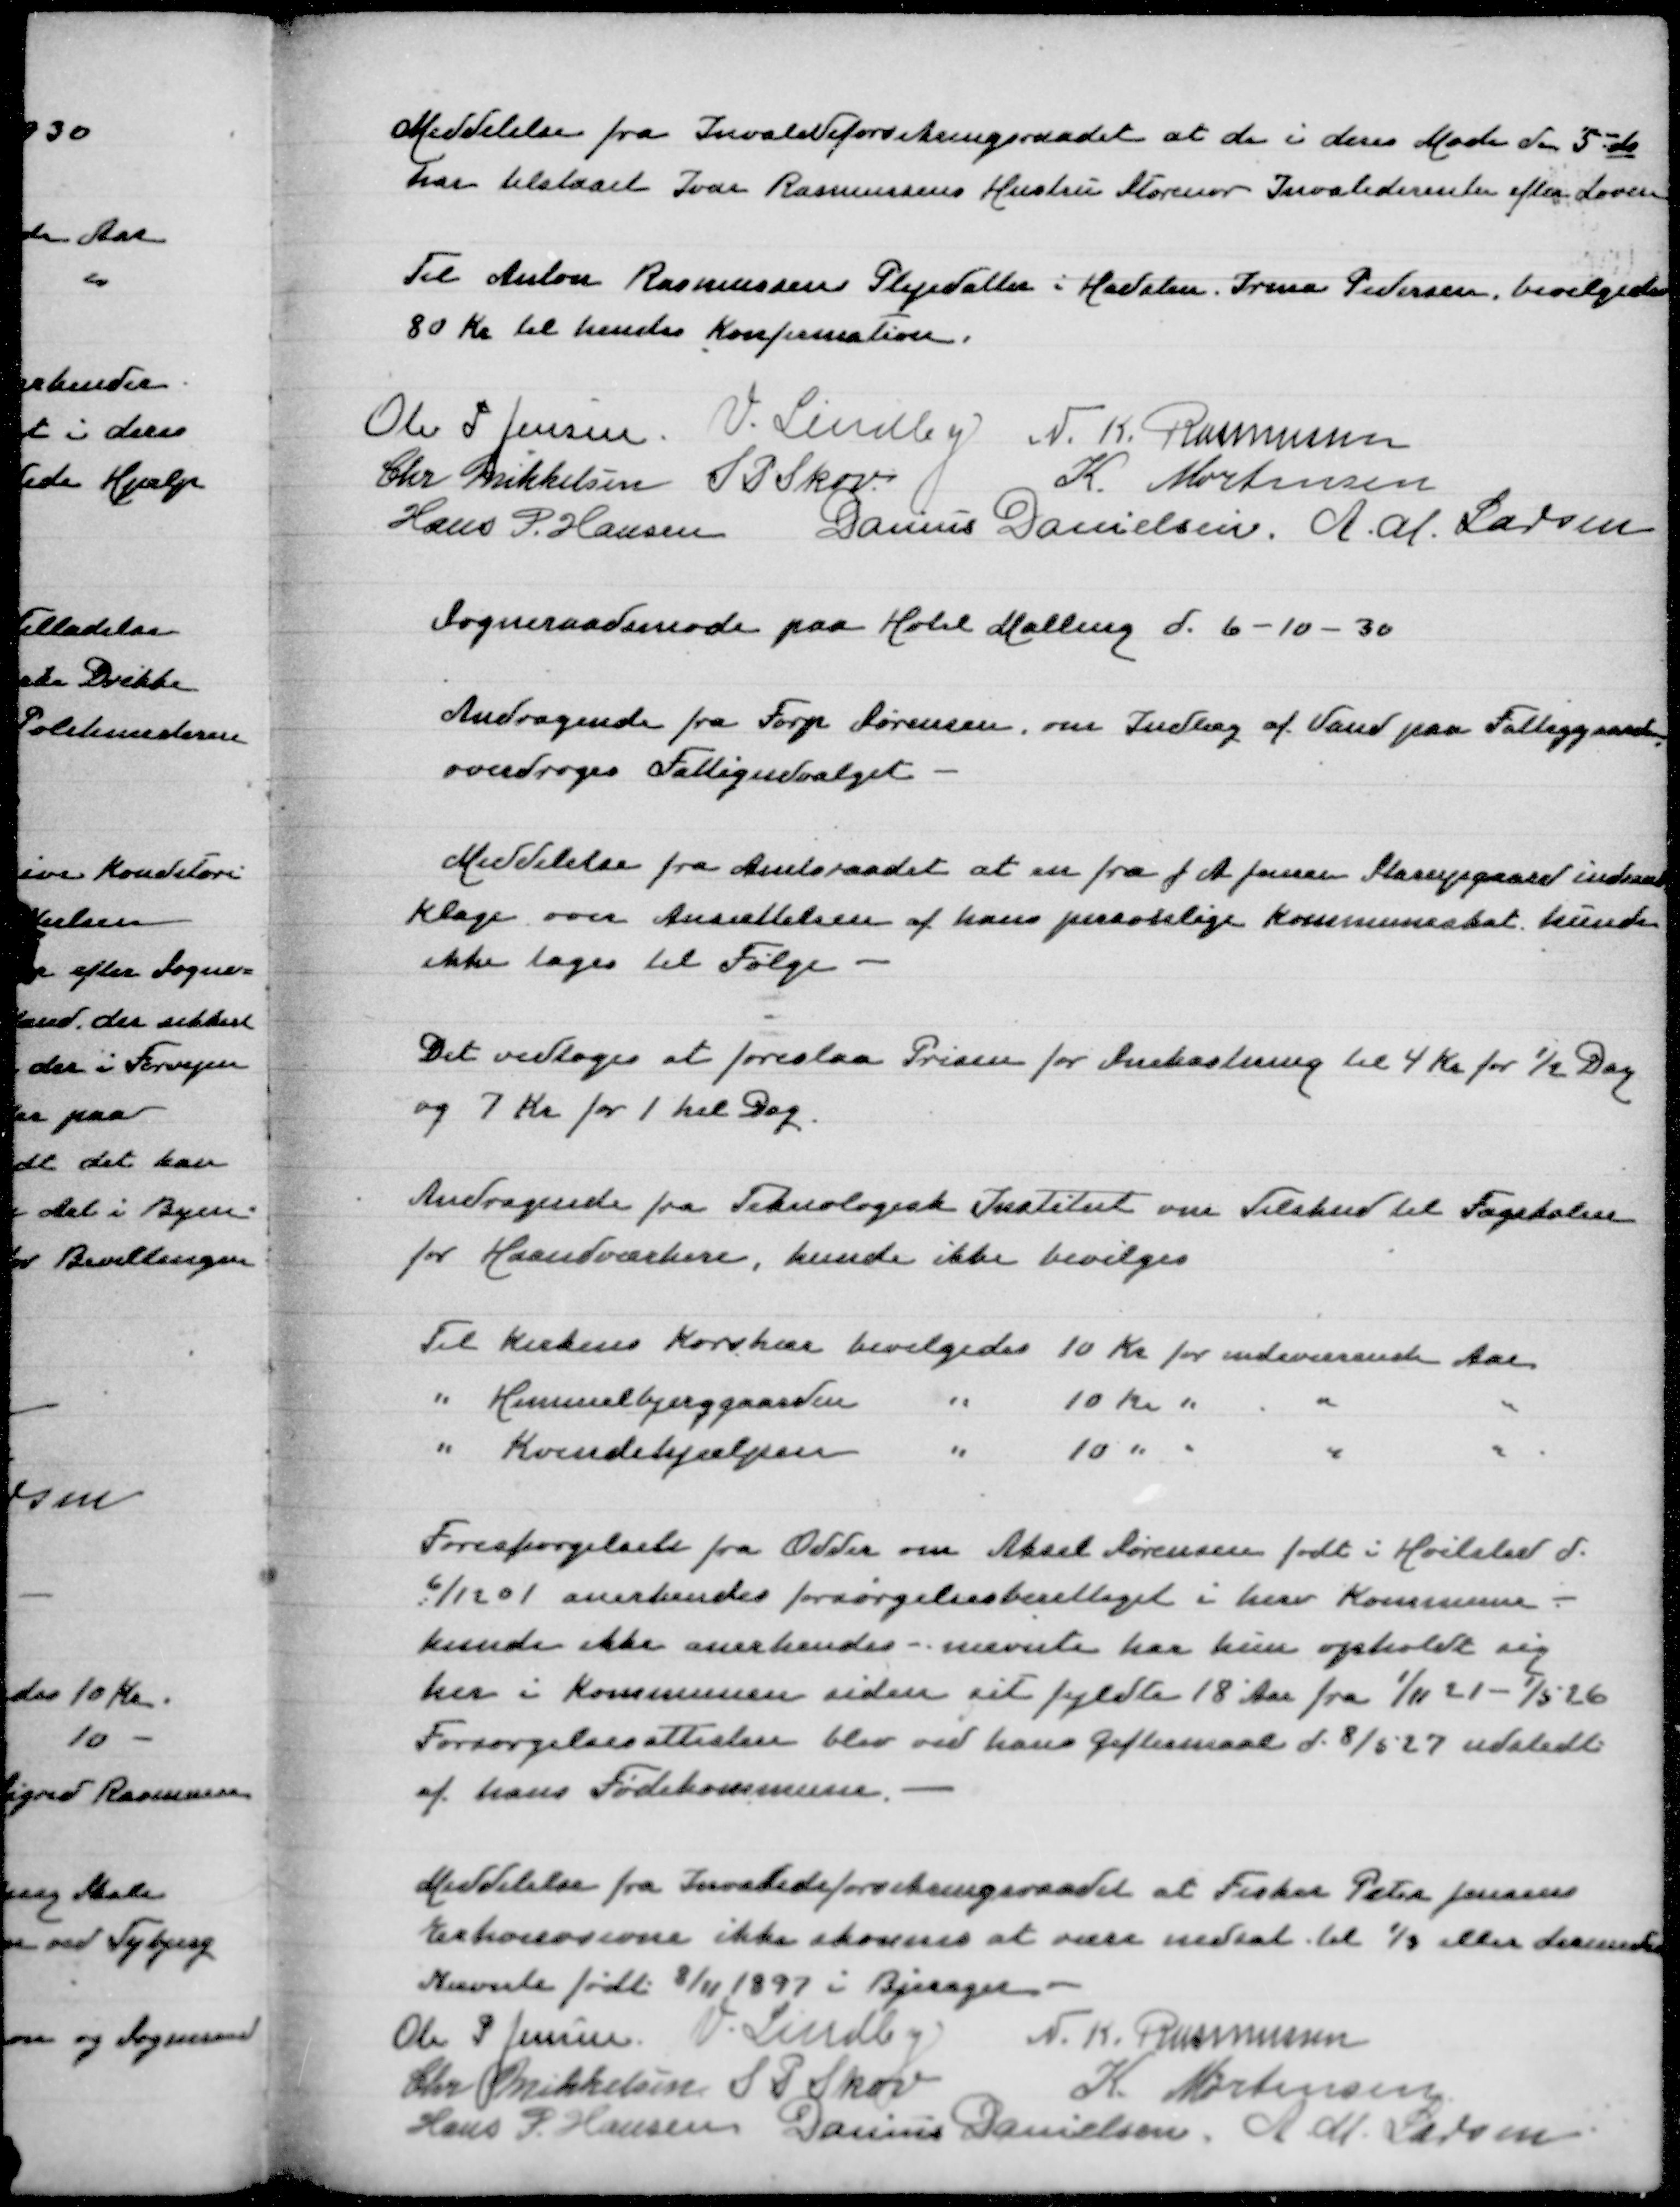
Transskription:
Meddelelse fra Invalideforsikringsraadet at de i deres Møde den 5' ds
har tilstaaet Ivar Rasmussens Hustru Storenor Invaliderente efter Loven

Til Anton Rasmussens Plejedatter i Hadsten, Irma Pedersen, bevilgedes
80 Kr til hendes Konfirmation

Ole P Jensen
V Lindby
N K Rasmussen
Chr Mikkelsen
S P Skov
K Mortensen
Hans P Hansen
Danius Danielsen
A M Larsen

Sogneraadsmøde paa Hotel Malling d 6-10-30

Andragende fra Forp Sørensen om Indlæg af Vand paa Fattiggaarden
overdroges Fattigudvalget

Meddelelse fra Amtsraadet at en fra J A Jensen Starupgaard indsendt
Klage over Ansættelsen af hans personlige Kommuneskat kunde
ikke tages til Følge

Det vedtoges at foreslaa Prisen for Snekastning til 4 Kr for ½ Dag
og 7 Kr for 1 hel Dag

Andragende fra Teknologisk Institut om Tilskud til Fagskolen
for Haandværkere, kunde ikke bevilges

Til Kirkens Korshær bevilgedes 10 Kr for indeværende Aar
" Himmelbjerggaarden " 10 Kr " " "
" Kvindehjælpen " 10 " " " "

Forespørgsel fra Odder om Aksel Sørensen født i Hvilsted d.
6/12 01 anerkendes forsørgelsesberettiget i herv Kommune -
kunde ikke anerkendes - nævnte har kun opholdt sig
her i Kommunen siden sit fyldte 18 Aar fra 1/11 21 - 1/5 26
Forsørgelsesattesten blev ved hans Giftemaal d 8/5-27 udstedt
af hans Fødekommune

Meddelelse fra Invalideforsikringsraadet at Fisker Peter Jensens
Erhvervsevne ikke skønnes at være nedsat til 1/3 eller derunder
Nævnte født 8/11 1897 i Bjerager
Ole P Jensen
V Lindby
N K Rasmussen
Chr Mikkelsen
S P Skov
K Mortensen
Hans P Hansen
Danius Danielsen
A M Larsen